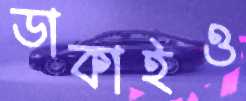
ডাকাইও